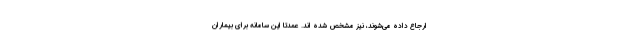
ارجاع داده می‌شوند، نیز مشخص شده اند. عمدتا این سامانه برای بیماران